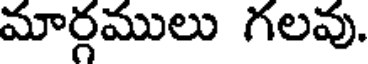
మార్గములు గలవు.